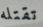
تقتله